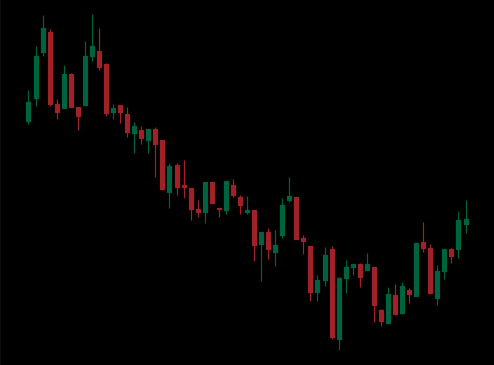
Pattern: bull_flag